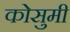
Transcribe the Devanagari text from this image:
कोसुमी